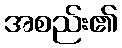
အစည်း၏